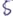
Text: S